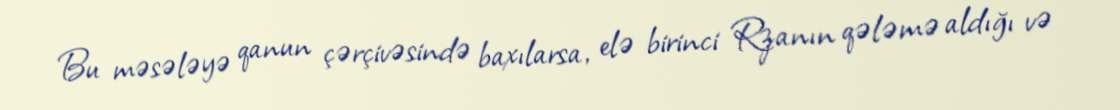
Bu məsələyə qanun çərçivəsində baxılarsa, elə birinci Rzanın qələmə aldığı və